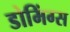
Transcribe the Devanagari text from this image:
डोमिंग्स